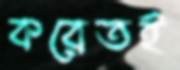
করেতই